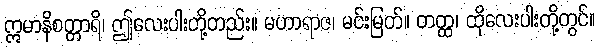
ဣမာနိစတ္တာရိ၊ ဤလေးပါးတို့တည်း။ မဟာရာဇ၊ မင်းမြတ်။ တတ္ထ၊ ထိုလေးပါးတို့တွင်။